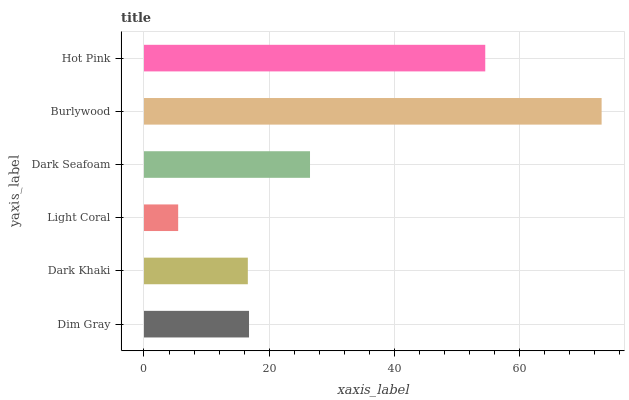
| yaxis_label | bars |
 | --- | --- |
 | Dim Gray | 16.8 |
 | Dark Khaki | 16.6 |
 | Light Coral | 5.46 |
 | Dark Seafoam | 26.5 |
 | Burlywood | 73.1 |
 | Hot Pink | 54.5 |